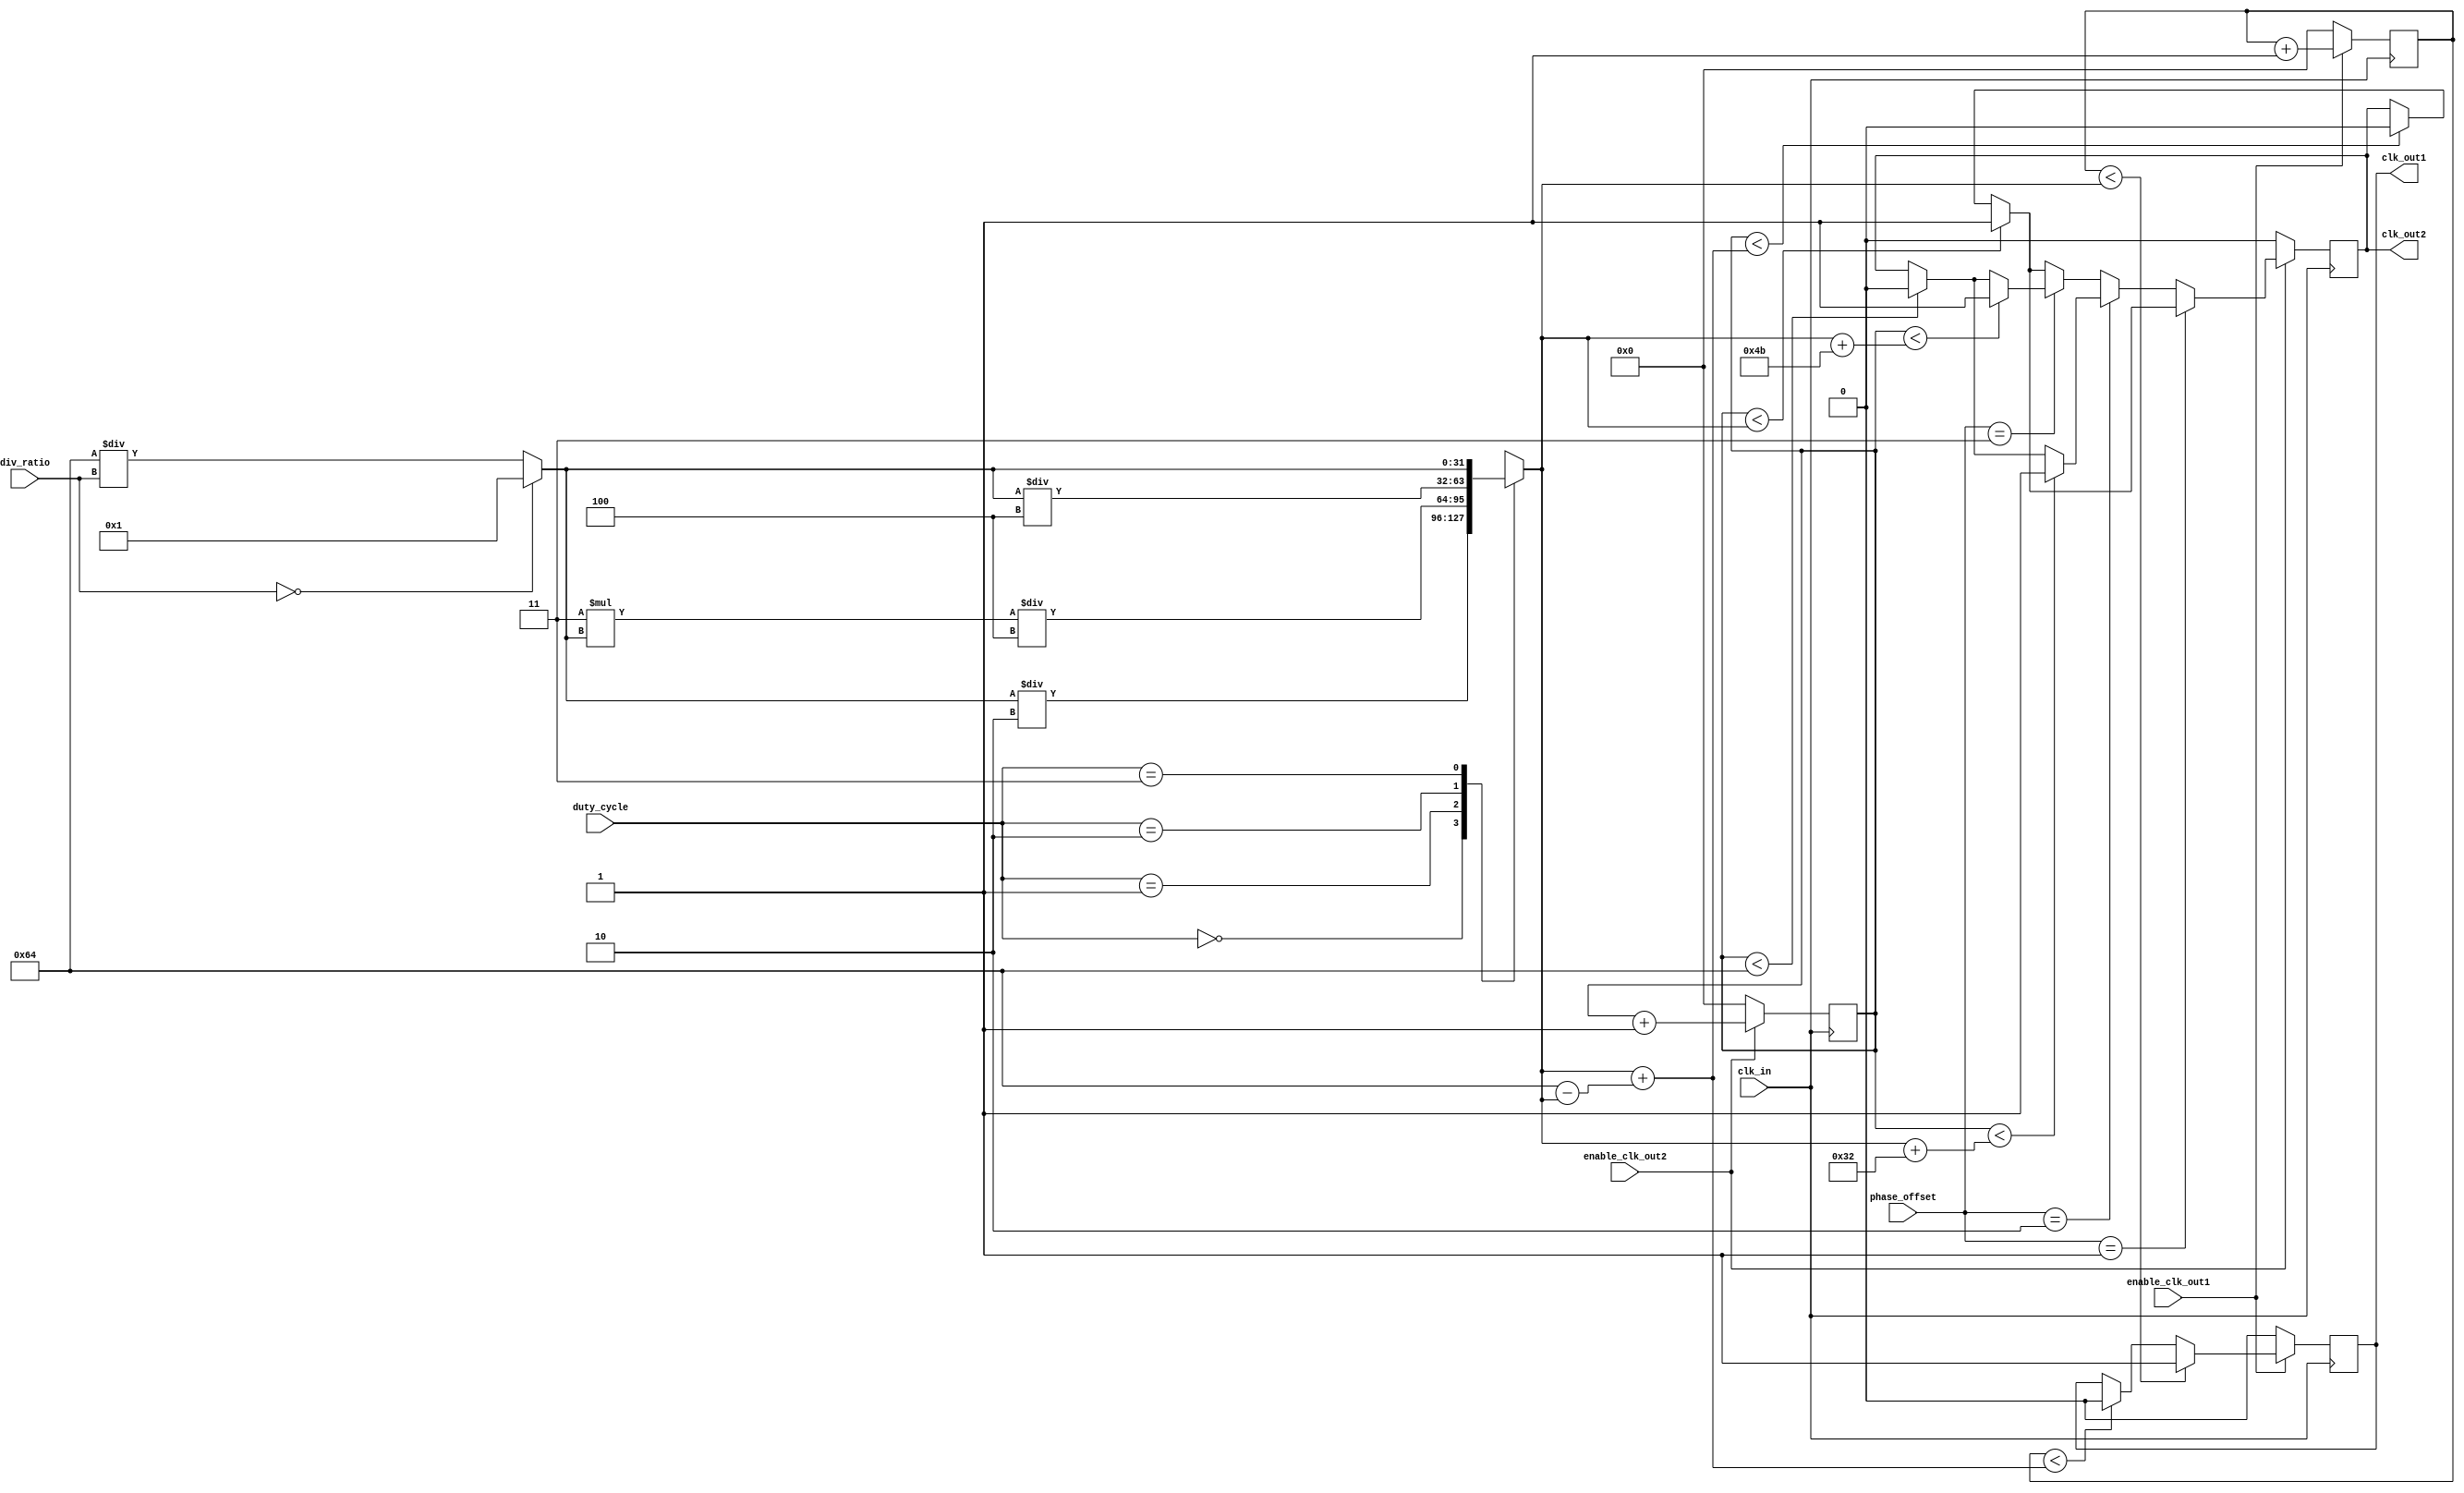
module ProgrammableClockBuffer (
    input wire clk_in,                // Input clock source
    input wire [3:0] div_ratio,       // Division ratio for frequency division
    input wire [1:0] phase_offset,     // Phase adjustment (00: 0, 01: 90, 10: 180, 11: 270)
    input wire [1:0] duty_cycle,       // Duty cycle setting (00: 50%, 01: 75%, 10: 25%, 11: 100%)
    input wire enable_clk_out1,       // Enable signal for CLK_OUT1
    input wire enable_clk_out2,       // Enable signal for CLK_OUT2
    output reg clk_out1,              // Output clock 1
    output reg clk_out2               // Output clock 2
);

    reg [31:0] counter1;              // Counter for CLK_OUT1
    reg [31:0] counter2;              // Counter for CLK_OUT2
    reg [31:0] max_count1;            // Max count for CLK_OUT1
    reg [31:0] max_count2;            // Max count for CLK_OUT2
    
    // Determine max count based on division ratio and duty cycle
    always @(*) begin
        max_count1 = (div_ratio == 0) ? 1 : (100 / div_ratio);
        case (duty_cycle)
            2'b00: begin // 50%
                max_count1 = max_count1 / 2;
            end
            2'b01: begin // 75%
                max_count1 = (3 * max_count1) / 4;
            end
            2'b10: begin // 25%
                max_count1 = max_count1 / 4;
            end
            2'b11: begin // 100%
                max_count1 = max_count1;
            end
            default: max_count1 = max_count1; // default case
        endcase
        
        max_count2 = (div_ratio == 0) ? 1 : (100 / div_ratio);
        case (duty_cycle)
            2'b00: begin // 50%
                max_count2 = max_count2 / 2;
            end
            2'b01: begin // 75%
                max_count2 = (3 * max_count2) / 4;
            end
            2'b10: begin // 25%
                max_count2 = max_count2 / 4;
            end
            2'b11: begin // 100%
                max_count2 = max_count2;
            end
            default: max_count2 = max_count2; // default case
        endcase
    end

    // Generate clock output 1
    always @(posedge clk_in) begin
        if (enable_clk_out1) begin
            if (counter1 < max_count1) begin
                clk_out1 <= 1;
            end else if (counter1 < max_count1 + (100 - max_count1)) begin
                clk_out1 <= 0;
            end else begin
                counter1 <= 0; // Reset counter
            end
            counter1 <= counter1 + 1;
        end else begin
            clk_out1 <= 0; // Disable output
            counter1 <= 0; // Reset counter
        end
    end

    // Generate clock output 2 with phase adjustment
    always @(posedge clk_in) begin
        if (enable_clk_out2) begin
            if (phase_offset == 2'b01) begin // 90 phase shift
                if (counter2 < max_count2) begin
                    clk_out2 <= 1;
                end else if (counter2 < max_count2 + (100 - max_count2)) begin
                    clk_out2 <= 0;
                end else begin
                    counter2 <= 0; // Reset counter
                end
            end else if (phase_offset == 2'b10) begin // 180 phase shift
                if (counter2 < max_count2 + (100 / 2)) begin
                    clk_out2 <= 1;
                end else if (counter2 < 100) begin
                    clk_out2 <= 0;
                end else begin
                    counter2 <= 0; // Reset counter
                end
            end else if (phase_offset == 2'b11) begin // 270 phase shift
                if (counter2 < max_count2 + (3 * (100 / 4))) begin
                    clk_out2 <= 1;
                end else if (counter2 < 100) begin
                    clk_out2 <= 0;
                end else begin
                    counter2 <= 0; // Reset counter
                end
            end else begin // 0 phase shift
                if (counter2 < max_count2) begin
                    clk_out2 <= 1;
                end else if (counter2 < max_count2 + (100 - max_count2)) begin
                    clk_out2 <= 0;
                end else begin
                    counter2 <= 0; // Reset counter
                end
            end
            counter2 <= counter2 + 1;
        end else begin
            clk_out2 <= 0; // Disable output
            counter2 <= 0; // Reset counter
        end
    end

endmodule